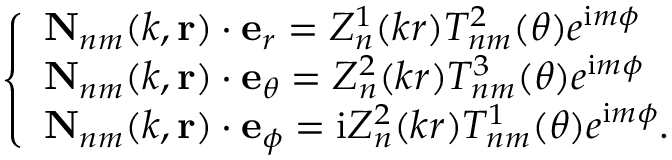
\left\{ \begin{array} { l l } { \mathbf { N } _ { n m } ( k , \mathbf { r } ) \cdot \mathbf { e } _ { r } = Z _ { n } ^ { 1 } ( k r ) T _ { n m } ^ { 2 } ( \theta ) e ^ { \mathrm { i } m \phi } } \\ { \mathbf { N } _ { n m } ( k , \mathbf { r } ) \cdot \mathbf { e } _ { \theta } = Z _ { n } ^ { 2 } ( k r ) T _ { n m } ^ { 3 } ( \theta ) e ^ { \mathrm { i } m \phi } } \\ { \mathbf { N } _ { n m } ( k , \mathbf { r } ) \cdot \mathbf { e } _ { \phi } = \mathrm { i } Z _ { n } ^ { 2 } ( k r ) T _ { n m } ^ { 1 } ( \theta ) e ^ { \mathrm { i } m \phi } . } \end{array} \right.